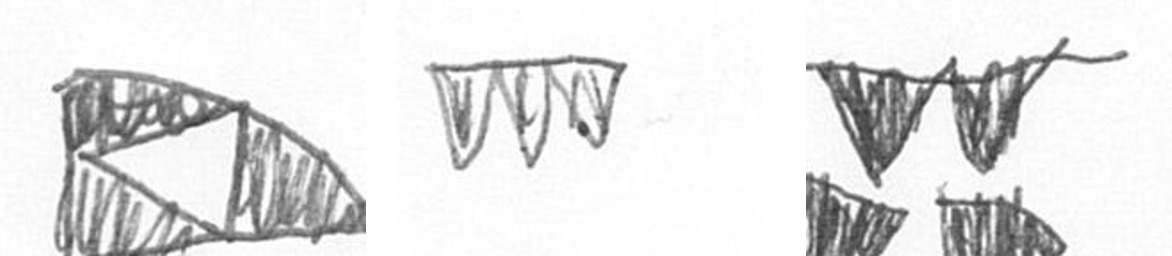
K L B